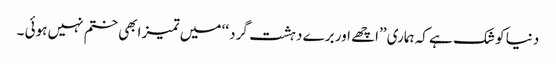
دنیا کو شک ہے کہ ہماری ’’اچھے اور برے دہشت گرد ‘‘ میں تمیز ابھی ختم نہیں ہوئی ۔